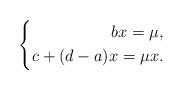
LaTeX: \begin{align*}\left\{\begin{aligned}bx=\mu,\\c+(d-a)x=\mu x.\end{aligned}\right.\end{align*}